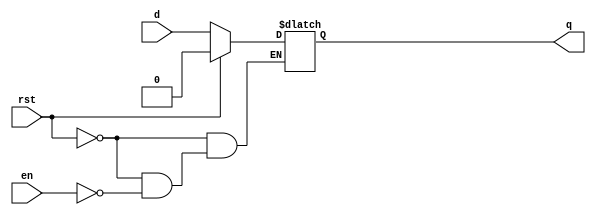
module dlat (
    en,d,q,rst
);
    input en,d,rst;
    output reg q;

    always @(en,d,rst) begin
        if(rst)
            q=1'b0;
        else if (en) 
            q=d;
        
    end
endmodule